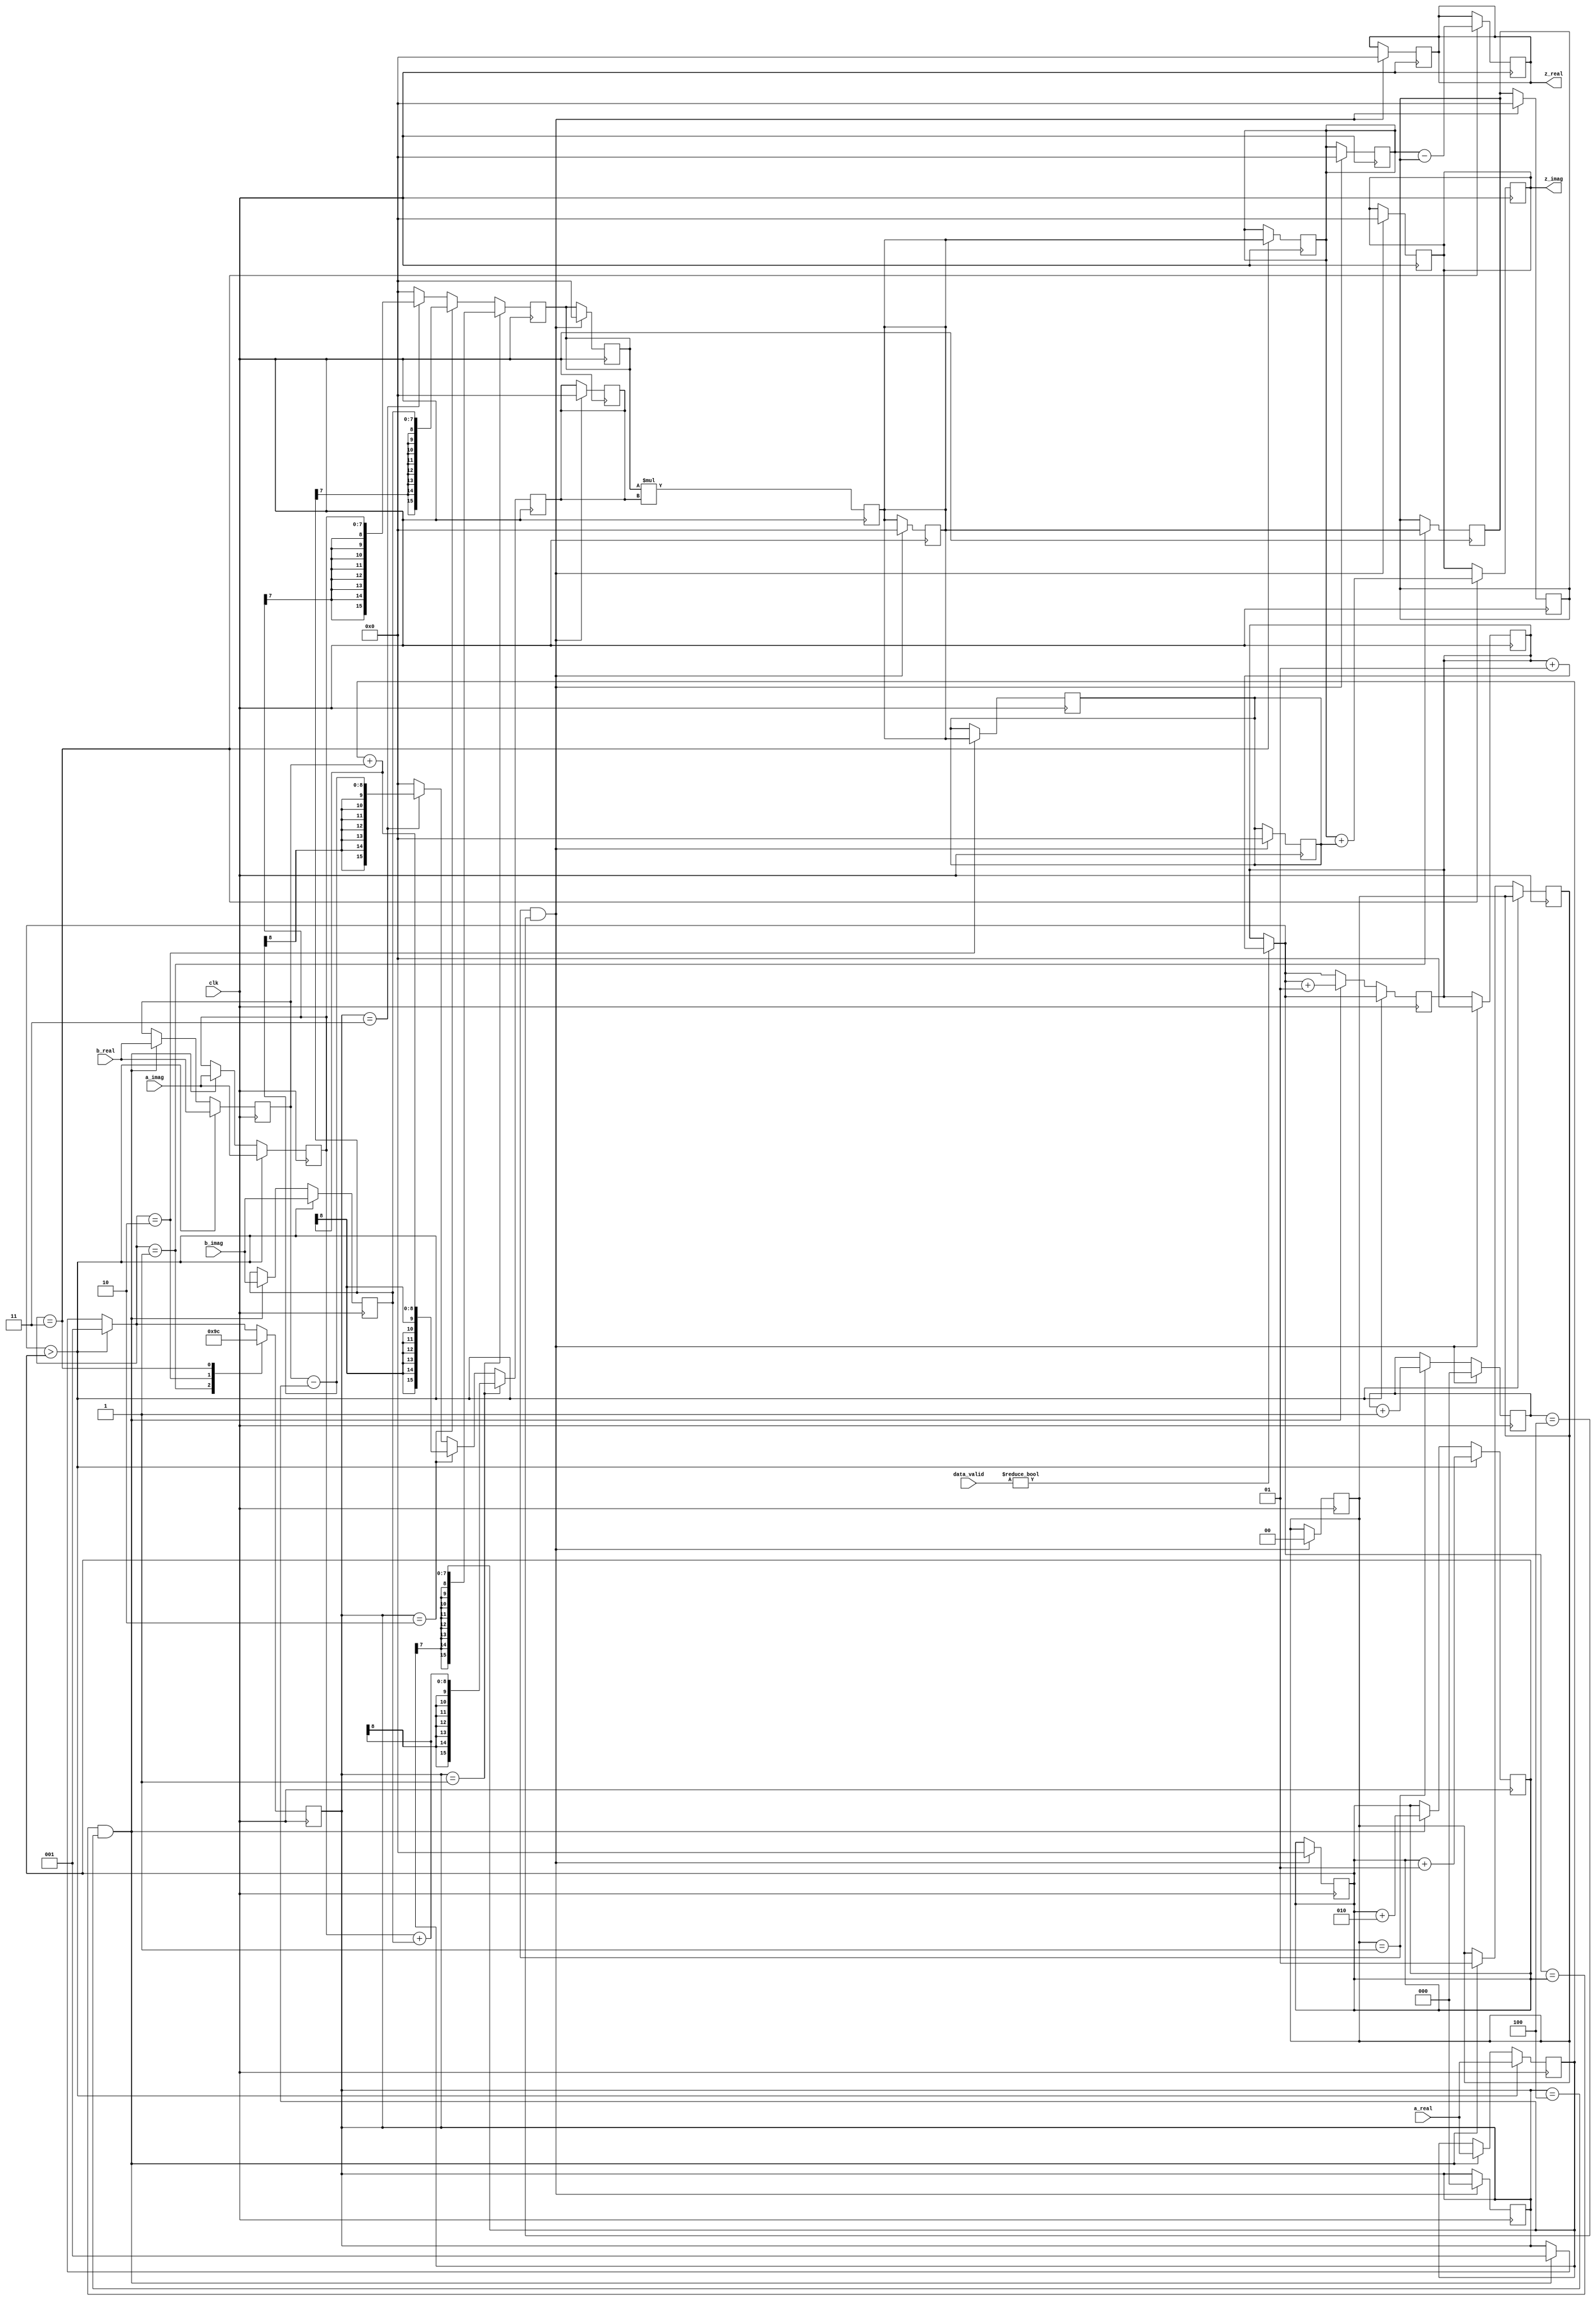
module complex(
    input clk,
    input signed [7:0] a_real,
    input signed [7:0] a_imag,
    input signed [7:0] b_real,
    input signed [7:0] b_imag,
    input signed [1:0] data_valid, 
    output signed [15:0] z_real,
    output signed [15:0] z_imag
);

reg signed [7:0] a_real_reg = 0;
reg signed [7:0] a_imag_reg = 0;
reg signed [7:0] b_real_reg = 0;
reg signed [7:0] b_imag_reg = 0;

reg signed [15:0] k1 = 0;
reg signed [15:0] k2 = 0;
reg signed [15:0] k3 = 0;

reg signed [15:0] res = 0;
reg signed [15:0] img = 0;
reg [2:0] state = 0;

reg signed [15:0] mult1 = 0;
reg signed [15:0] mult2 = 0;
reg signed [15:0] temp = 0;

reg signed [15:0] counter = 0;
reg signed [15:0] real_counter = 0;
reg [1:0] last = 0;
reg [2:0] counter_last = 0;

always @(posedge clk) 
begin

mult1 <= state == 1 ? a_real_reg : 
    state == 2 ? b_imag_reg : 
    state == 3 ? a_imag_reg : 0;

mult2 <= state == 1 ? (a_imag_reg + b_imag_reg) : 
    state == 2 ? (a_real_reg + b_real_reg) : 
    state == 3 ? (b_real_reg - a_real_reg) : 0;

temp <= mult1 * mult2;  
end

always @(posedge clk) 
begin
    
    if (data_valid)
    begin
        counter = counter + 1;
    end

    if(counter > real_counter)
    begin
        a_real_reg <= a_real;
        a_imag_reg <= a_imag;
        b_real_reg <= b_real;
        b_imag_reg <= b_imag;
        state <= 1;
        real_counter <= real_counter + 1;
    
    end else if ((counter == real_counter) && (state == 4))
    begin
        a_real_reg <= a_real;
        a_imag_reg <= a_imag;
        b_real_reg <= b_real;
        b_imag_reg <= b_imag;
        state = 1;
        counter = counter + 1;
        real_counter = real_counter + 2;
        last <= 1;
    end

    begin
        case (state)
            1: begin 
                k2 <= temp; 
                state <= 2; 
                end
            2: begin 
                k3 <= temp; 
                state <= 3; 
                end
            3: begin 
                k1 <= temp; 
                res <= k1 - k2;
                img <= k1 + k3;
                state = 4;
                end
            default: 
            ;
        endcase
    end
end

always @(posedge clk) 
begin
    if(last == 1)
        counter_last <= counter_last + 1;


    if((last == 1) && (counter_last == 4)) 
    begin
        res <= 0;
        img <= 0;
        counter <= 0;
        real_counter <= 0;
        last <= 0;
        state <= 0;
        counter_last <= 0;
        mult1 <= 0;
        mult2 <= 0;
        temp <= 0;
        k1 <= 0;
        k2 <= 0;
        k3 <= 0;
    end
end


assign z_real = res;
assign z_imag = img;
endmodule